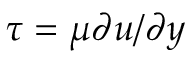
\tau = \mu \partial u / \partial y